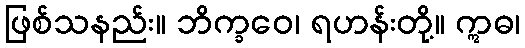
ဖြစ်သနည်း။ ဘိက္ခဝေ၊ ရဟန်းတို့။ ဣဓ၊